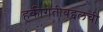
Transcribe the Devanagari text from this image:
हकीगतीबद्दलची